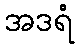
အဒရံ